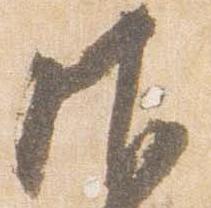
御